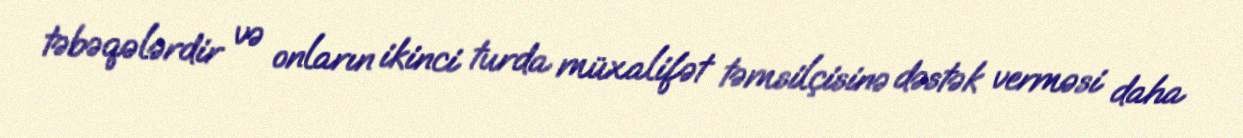
təbəqələrdir və onların ikinci turda müxalifət təmsilçisinə dəstək verməsi daha